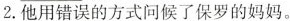
2.他用错误的方式问候了保罗的妈妈。